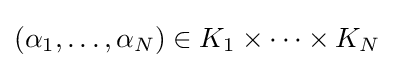
(\alpha _{1},\ldots ,\alpha _{N})\in K_{1}\times \cdots \times K_{N}